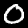
Digit: 0